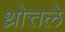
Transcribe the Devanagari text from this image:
थ्रोत्तले